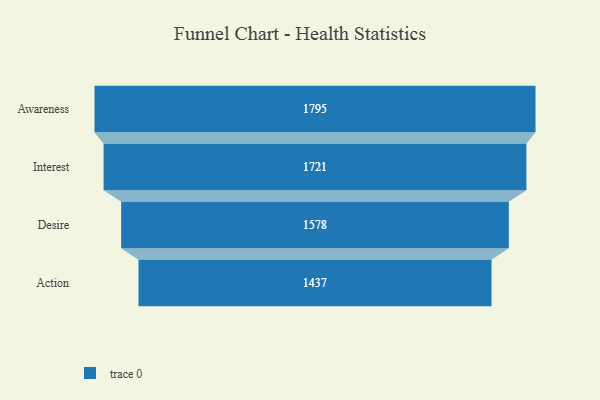
{"axis": {"x": "Stage", "y": "Value"}, "legend": [""], "data": [{"x": "Awareness", "y": 1795.0, "type": ""}, {"x": "Interest", "y": 1721.0, "type": ""}, {"x": "Desire", "y": 1578.0, "type": ""}, {"x": "Action", "y": 1437.0, "type": ""}]}